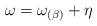
LaTeX: \begin{align*} \omega = \omega_{(\beta)} + \eta\end{align*}